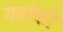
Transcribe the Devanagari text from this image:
यहांकी